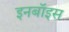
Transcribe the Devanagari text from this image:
इनबॉइस